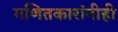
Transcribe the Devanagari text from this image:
गणितकारांनीही